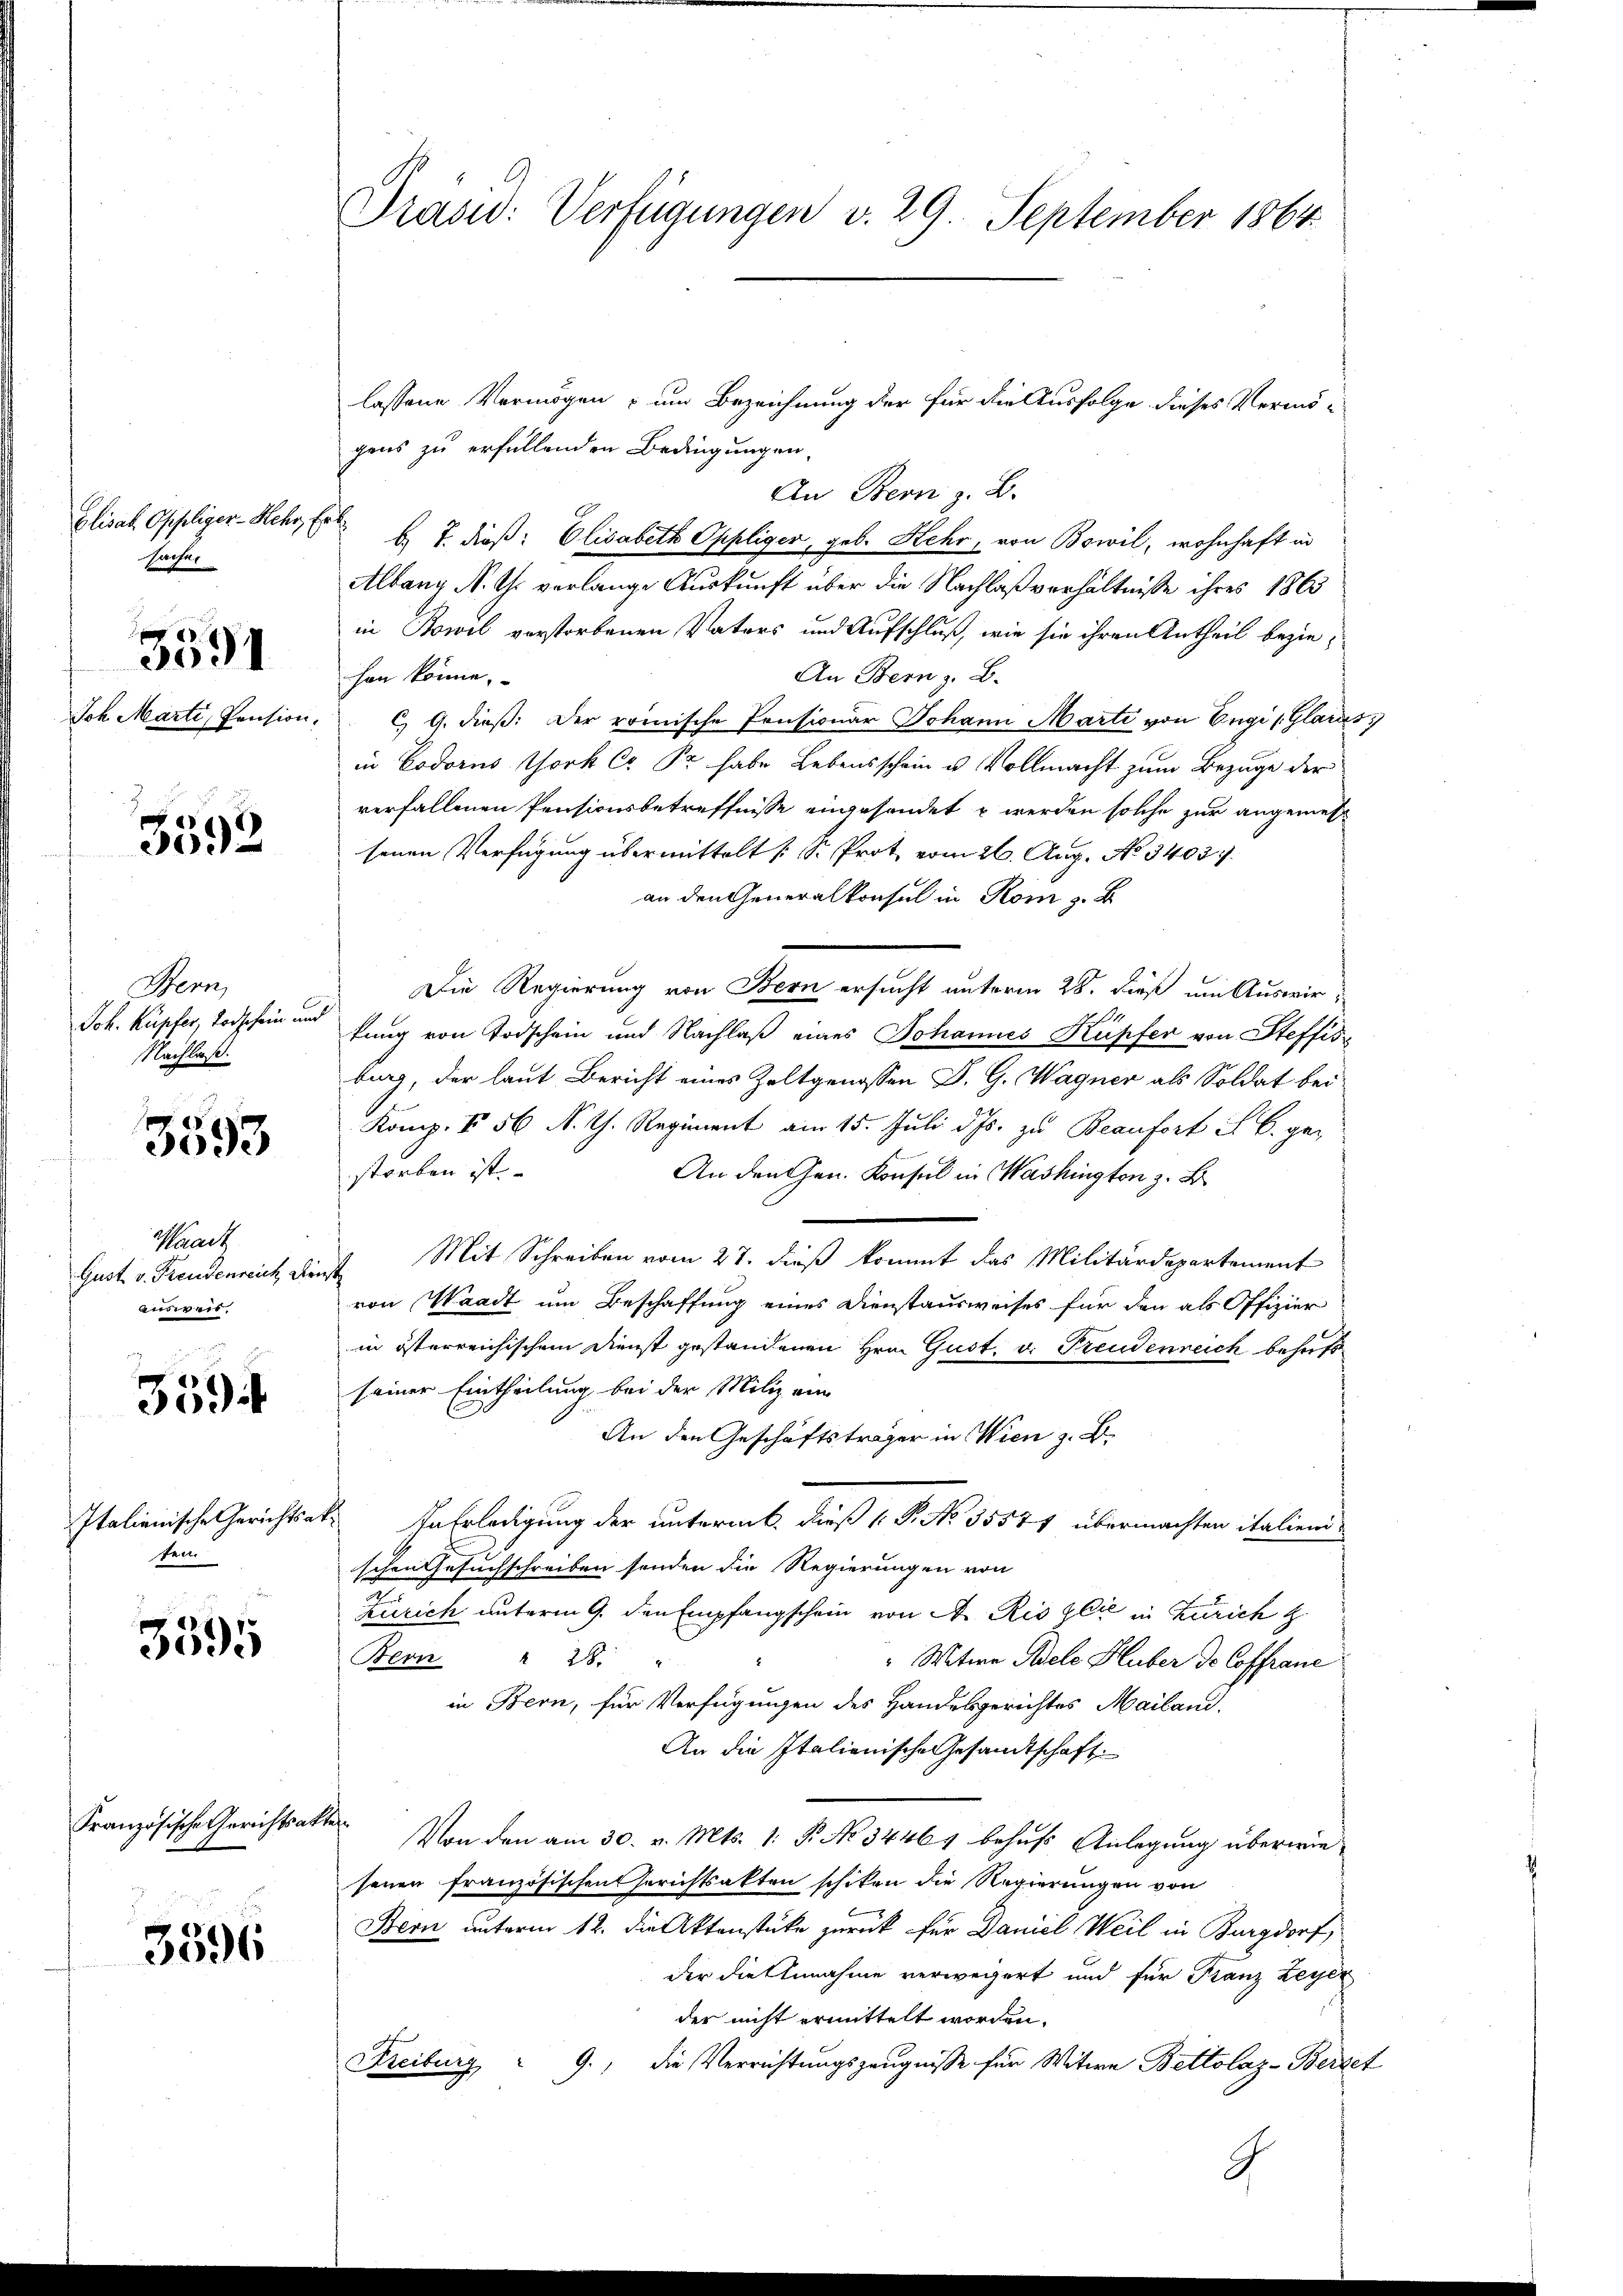
Elisah. Offeliger-Hehr, Erl
Sacher

Joh. Marti, Pension.

3591

3592

Bern,
Nachlaß.

3593

Krach
Gust. v. Freudenreich, Dienst
answeis.

359

sen.

3095

Französische Gerichtsakter

3596

lassene Vermögen - um Bezeichnung der für die Ausfolge dieses Vermögens zu erfüllenden Bedingungen
An Bern z. B.
b. T. dieß: Elisabeth Oppliger, geb. Kehr, von Bowil, wohnhaft in
Albang N. Th. verlange Auskunft über die Nachlaßverhältnisse ihres 1863
in Bowel verstorbenen Vaters und Aufschluß, wie sie ihren Antheil bezie¬
An Bern z. B.
hen könne.
c) G. dieß: Der römische Pensionär Johann Marti von Engi (Glarus
in Codoris Chork C. Pr. habe Lebensschein u Vollmacht zum Bezuge der
verfallenen Pensionsbetreffnisse eingesendet u werden solche zur angemessenen Verfügung übermittelt (S. Prot vom 26. Aug. No. 3403.
an den Generalkonsul in Rom z. B.
Die Regierung von Stern ersucht unterm 28. dieß um Auswir-
Joh. Kupfer, Todschein und fang von Todschein und Nachlaß eines Johannes Kupfer von Steffis
burg, der laut Bericht eines Zeltgenossen D. G. Wagner als Soldat bei
Komp. § 56 N. Th. Regiment am 15. Juli d. Js. zu Beaufort S. B. ge-
storben ist.
An den Gen. Konsul in Washington z. B.
Mit Schreiben vom 27. dieß kommt das Militärdepartement
von Waadt um Beschaffung eines Dienstausweises für den als Offizier
in österreichischem Dienst gestandenen Hrn. Gust. v. Freudenreich behufs
seiner Eintheilung bei der Miliz ein
An den Geschäftsträger in Wien z. B.
Italienische Gerichtsat. In Erledigung der untermik dieß ( P. No 35571 übermachten italiend
schen Gesuchschreiben senden die Regierungen von
n
Zürich unterm 9. den Empfangschein von A. Rio gli in Zürich z
Bern " 288. "
" Witwe Adele Huber de Coffranc
in Bern, für Verfügungen des Handesgerichtes Mailand.
An die Italienische Gesandtschaft
Von den am 30. v. Mts. 1. P. No 3446, behufs Anlegung überwiesenen französischen Gerichtsakten schiken die Regierungen von
Bern unterm 12. die Aktenstüke zurück für Daniel Weil in Burgdorf,
der die Annahme verweigert und für Franz Leyer
der nicht ermittelt worden,
Freiburg " 9., die Verrichtungszeugnisse für Witwe Bettolaz-Berzet
G

Prasid: Verfügungen v. 29. September 1864.